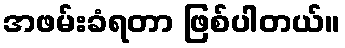
အဖမ်းခံရတာ ဖြစ်ပါတယ်။